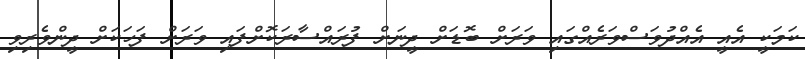
ކަމަކީ އެއީ އެއްދުވަސްވަރެއްގައި ވަރަށް ބޮޑަށް ދީނަށް ފުރައްސާރަކޮށްފައި ވަރަށް ފަހަކަށް ދީންވެރިވި